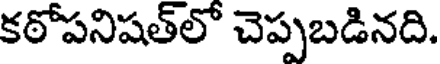
కఠోపనిషత్లో చెప్పబడినది.